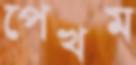
পেখম